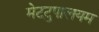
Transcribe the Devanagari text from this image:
मेटटुपालयम